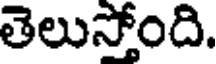
తెలుస్తోంది.